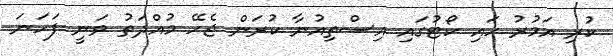
ކުރި އަމުރު ހައި ކޯޓުގައި އިސްތިއުނާ ކުރަން ޖެހޭ މުއްދަތު ވަނީ ފަހަނަ